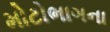
મોટોભાગના